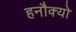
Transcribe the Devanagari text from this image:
हनौक्यो